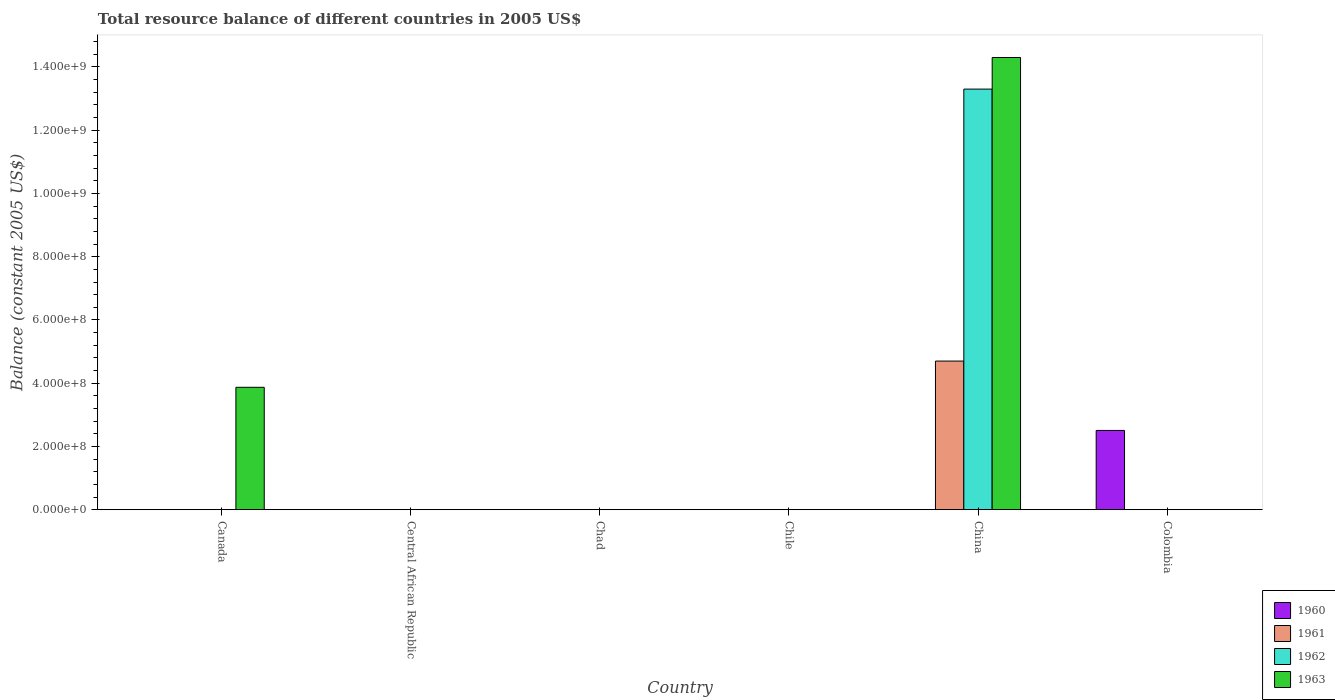
| Country | 1960 | 1961 | 1962 | 1963 |
 | --- | --- | --- | --- | --- |
 | Canada | -4.66e+08 | -1.23e+08 | -4.64e+06 | 3.87e+08 |
 | Central African Republic | -3e+09 | -2.8e+09 | -4e+09 | -4.2e+09 |
 | Chad | -2.8e+09 | -3.81e+09 | -4.91e+09 | -5.71e+09 |
 | Chile | -1e+05 | -2e+05 | -1e+05 | -2e+05 |
 | China | -1.8e+08 | 4.7e+08 | 1.33e+09 | 1.43e+09 |
 | Colombia | 2.51e+08 | -2.55e+08 | -1.3e+06 | -1.6e+08 |